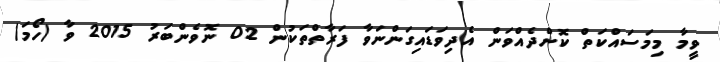
ވީމާ މިމަސައްކަތް ކޮށްދެއްވަން އެދިވަޑައިގަންނަވާ ފަރާތްތަކުން 02 ނޮވެންބަރު 2015 ވާ (ހޯމަ)